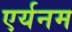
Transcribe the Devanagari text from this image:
एर्यनम